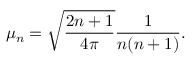
\mu _ { n } = \sqrt { \frac { 2 n + 1 } { 4 \pi } } \frac { 1 } { n ( n + 1 ) } .